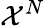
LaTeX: \mathcal{X}^{N}